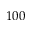
1 0 0